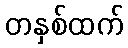
တနှစ်ထက်